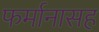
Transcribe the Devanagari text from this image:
फर्मानासह